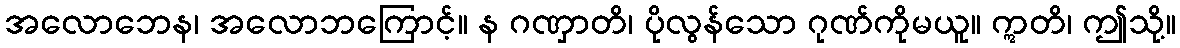
အလောဘေန၊ အလောဘကြောင့်။ န ဂဏှာတိ၊ ပိုလွန်သော ဂုဏ်ကိုမယူ။ ဣတိ၊ ဤသို့။